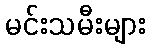
မင်းသမီးများ